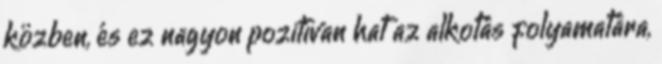
közben, és ez nagyon pozitívan hat az alkotás folyamatára,